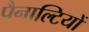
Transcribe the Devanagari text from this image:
पैनाल्टियों